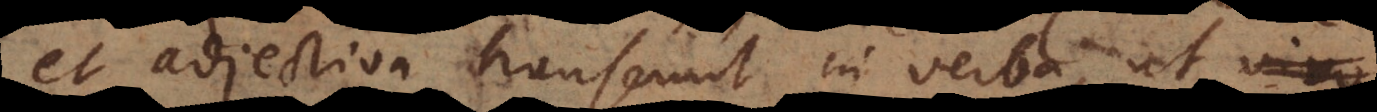
et adjectiva transeunt in verba, ut vivus